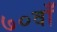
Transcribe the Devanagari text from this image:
७०वाँ